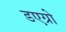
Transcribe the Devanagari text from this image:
डएग्रो